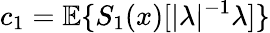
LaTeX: c_{1}={\mathbb E}\{ S_{1}(x)[|\lambda|^{-1}\lambda]\}